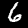
Label: 6